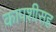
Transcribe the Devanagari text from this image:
कापशीसह